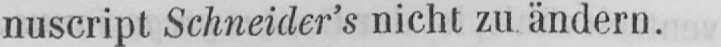
nuscript Schneider’s nicht zu ändern.